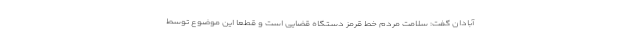
آبادان گفت: سلامت مردم خط قرمز دستگاه قضایی است و قطعا این موضوع توسط